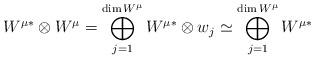
LaTeX: \begin{align*}W^{\mu *} \otimes W^\mu = \bigoplus_{j=1}^{\dim W^\mu} W^{\mu *} \otimes w_j\simeq \bigoplus_{j=1}^{\dim W^\mu} W^{\mu *}\end{align*}